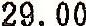
29.00